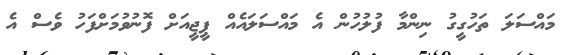
މައްސަލަ ތަހުގީގު ނިންމާ ފުލުހުން އެ މައްސަލައެއް ޕީޖީއަށް ފޮނުވުމަށްފަހު ވެސް އެ